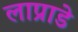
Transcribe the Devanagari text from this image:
लाप्राडे